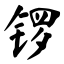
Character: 锣